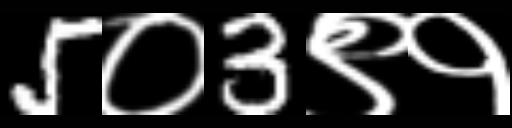
Text: 5०3९१